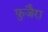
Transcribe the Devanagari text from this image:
फ़ुजैरा